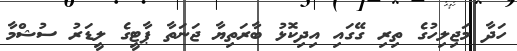
ހަދާ މަޖިލިހުގެ ތިރި ގޭގައި އިދިކޮޅު ބާރަތިޔާ ޖަނަތާ ޕާޓީގެ ލީޑަރު ސުޝްމާ